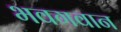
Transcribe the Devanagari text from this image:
भवगवान